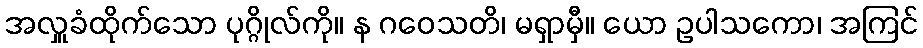
အလှူခံထိုက်သော ပုဂ္ဂိုလ်ကို။ န ဂဝေသတိ၊ မရှာမှီ။ ယော ဥပါသကော၊ အကြင်